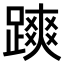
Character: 𨄷